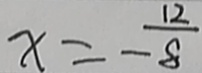
x = - \frac { 1 2 } { 8 }